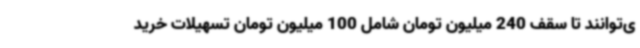
ی‌توانند تا سقف 240 میلیون تومان شامل 100 میلیون تومان تسهیلات خرید